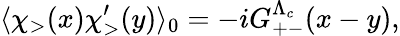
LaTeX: \langle\chi_{>}(x)\chi_{>}^{\prime}(y)\rangle_{0}=-iG_{+-}^{\Lambda_{c}}(x-y),